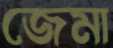
জেমা